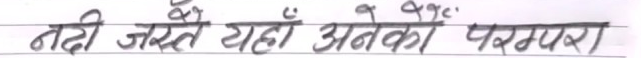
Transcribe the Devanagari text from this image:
तढी जस्ता यहाँ अनेकौं परम्परा